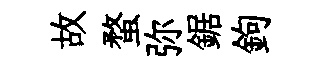
故蝥弥鋸鉤